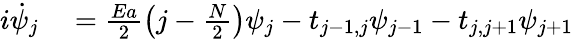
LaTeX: \begin{array}{rl}{i\dot{\psi}_{j}}&{{}=\frac{Ea}{2}\left(j-\frac{N}{2}\right)\psi_{j}-t_{j-1,j}\psi_{j-1}-t_{j,j+1}\psi_{j+1}}\end{array}